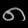
Digit: ၈